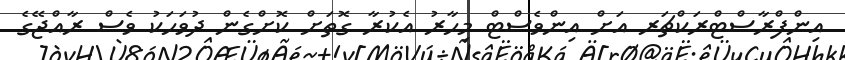
އިންފްރާސްޓްރަކްޗަރ އަށް އިންވެސްޓް މިހާރު އެކުރާ ގޮތަށް ކޮށްގެން ދުވަހަކު ވެސް ރާއްޖޭގެ